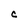
Character: C